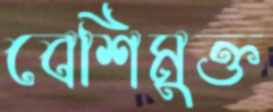
বেশিমুক্ত